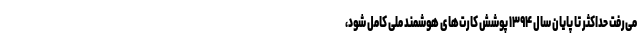
می‌رفت حداکثر تا پایان سال ۱۳۹۴ پوشش کارت‌های هوشمند ملی کامل شود،